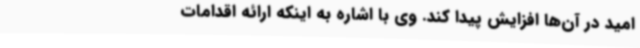
امید در آن‌ها افزایش پیدا کند. وی با اشاره به اینکه ارائه اقدامات